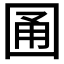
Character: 𡇮